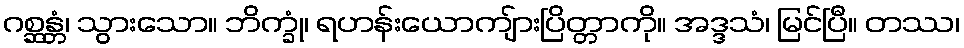
ဂစ္ဆန္တံ၊ သွားသော။ ဘိက္ခုံ၊ ရဟန်းယောကျ်ားပြိတ္တာကို။ အဒ္ဒသံ၊ မြင်ပြီ။ တဿ၊